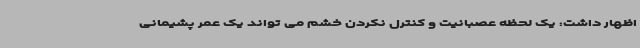
اظهار داشت: یک لحظه عصبانیت و کنترل نکردن خشم می تواند یک عمر پشیمانی